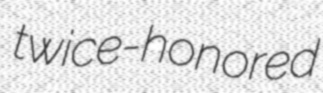
twice-honored